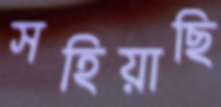
সহিয়াছি